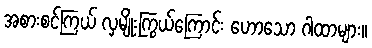
အစားစင်ကြယ် လှမျိုးကြွယ်ကြောင်း ဟောသော ဂါထာများ။